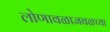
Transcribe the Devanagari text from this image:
लोणावळाजवळच्या